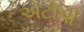
એટીપી